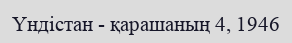
Үндістан - қарашаның 4, 1946